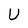
Character: U